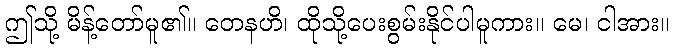
ဤသို့ မိန့်တော်မူ၏။ တေနဟိ၊ ထိုသို့ပေးစွမ်းနိုင်ပါမူကား။ မေ၊ ငါအား။